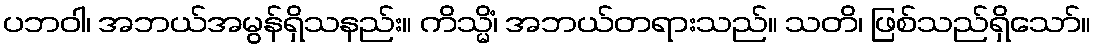
ပဘဝါ၊ အဘယ်အမွန်ရှိသနည်း။ ကိသ္မိံ၊ အဘယ်တရားသည်။ သတိ၊ ဖြစ်သည်ရှိသော်။